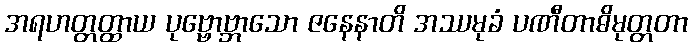
အရဟတ္တတ္ထာယ ပုဗ္ဗောဗ္ဘာသော ဇနေနာတိ အဿမုခံ ပဏီတာဓိမုတ္တတာ